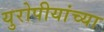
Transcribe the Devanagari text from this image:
युरोपीयांच्या